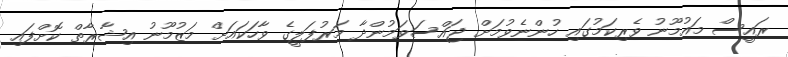
ރައީސް މައުމޫނު ވެރިކަމުގައި ހުންނެވުމަށް ޖައްސަވަމުންދާ މަރުފަލީގެ ވާހަކައަށް މަޒުމޫނު އިޝާރާތް ކޮށްފައި